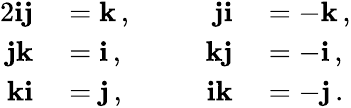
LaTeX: \begin{array}{rlrl}{{2}\mathbf{ij}}&{{}=\mathbf{k}\, ,}&{\qquad\mathbf{ji}}&{{}=-\mathbf{k}\, ,}\\ {\mathbf{jk}}&{{}=\mathbf{i}\, ,}&{\mathbf{kj}}&{{}=-\mathbf{i}\, ,}\\ {\mathbf{ki}}&{{}=\mathbf{j}\, ,}&{\mathbf{ik}}&{{}=-\mathbf{j}\, .}\end{array}